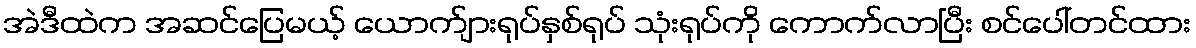
အဲဒီထဲက အဆင်ပြေမယ့် ယောက်ျားရုပ်နှစ်ရုပ် သုံးရုပ်ကို ကောက်လာပြီး စင်ပေါ်တင်ထား